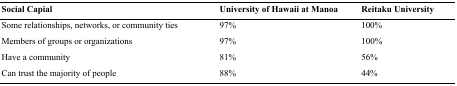
<table><thead><tr><td><b>Social Capial</b></td><td><b>University of Hawaii at Manoa</b></td><td><b>Reitaku University</b></td></tr></thead><tbody><tr><td>Some relationships, networks, or community ties</td><td>97%</td><td>100%</td></tr><tr><td>Members of groups or organizations</td><td>97%</td><td>100%</td></tr><tr><td>Have a community</td><td>81%</td><td>56%</td></tr><tr><td>Can trust the majority of people</td><td>88%</td><td>44%</td></tr></tbody></table>